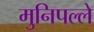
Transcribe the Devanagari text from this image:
मुनिपल्ले